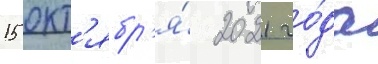
15 окт'ябр'я́ 2021 го́да